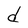
Character: d